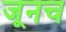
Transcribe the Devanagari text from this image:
जूनच